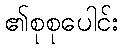
၏စုစုပေါင်း